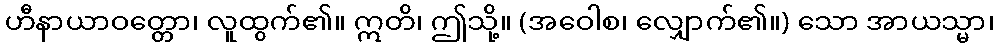
ဟီနာယာဝတ္တော၊ လူထွက်၏။ ဣတိ၊ ဤသို့။ (အဝေါစ၊ လျှောက်၏။) သော အာယသ္မာ၊